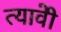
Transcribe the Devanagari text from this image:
त्यावेी